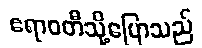
ဧရာဝတီသို့ပြောသည်